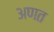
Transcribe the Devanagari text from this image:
अणत